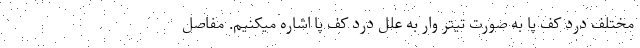
مختلف درد کف پا به صورت تیتر وار به علل درد کف پا اشاره میکنیم. مفاصل